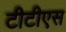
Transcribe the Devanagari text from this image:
टीटीएस